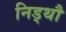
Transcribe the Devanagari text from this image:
निड्थौ